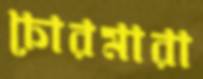
চোরমারা